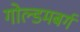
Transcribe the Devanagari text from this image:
गोल्डमबर्ग